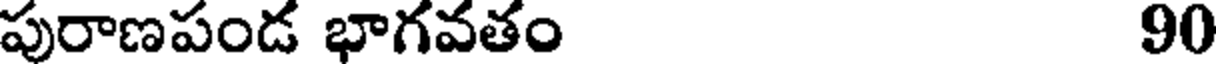
పురాణపండ భాగవతం 90